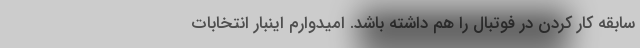
سابقه کار کردن در فوتبال را هم داشته باشد. امیدوارم اینبار انتخابات